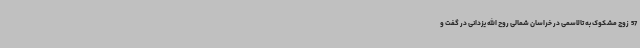
57  زوج مشکوک به تالاسمی در خراسان شمالی روح الله یزدانی در گفت و